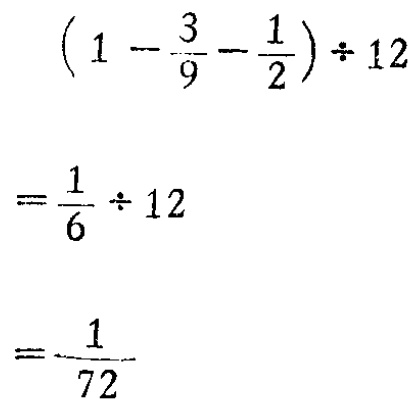
\[\begin{align*}

&(1 - \frac{3}{9}-\frac{1}{2})\div12\\

=&\frac{1}{6}\div12\\

=&\frac{1}{72}

\end{align*}\]